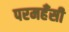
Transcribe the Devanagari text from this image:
परमहँसी